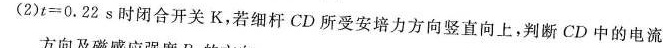
(2)t=0.22s时闭合开关K，若细杆CD所受安培力方向竖直向上，判断CD中的电流